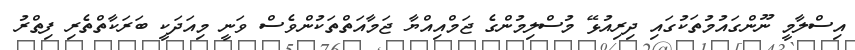
އިސްލާމީ ނޫންގައުމުތަކުގައި ދިރިއުޅޭ މުސްލިމުންގެ ޖަމްއިއްޔާ ޖަމާއަތްތަކުންވެސް ވަނީ މިއަދަކީ ބަރަކާތްތެރި ފިތްރު